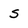
Character: s